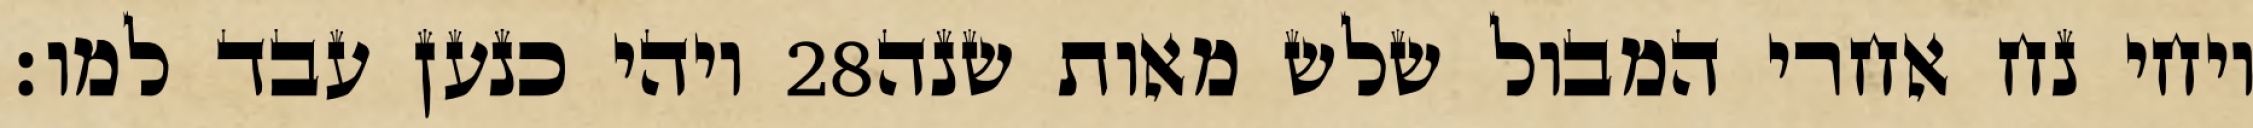
ויהי כנען עבד למו׃ ‎28‏ ויחי נח אחרי המבול שלש מאות שנה